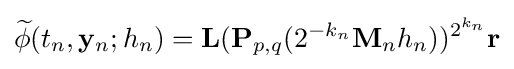
{\widetilde {\mathbf {\phi } }}(t_{n},\mathbf {y} _{n};h_{n})=\mathbf {L} (\mathbf {P} _{p,q}(2^{-k_{n}}\mathbf {M} _{n}h_{n}))^{2^{k_{n}}}\mathbf {r}